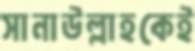
সানাউল্লাহকেই